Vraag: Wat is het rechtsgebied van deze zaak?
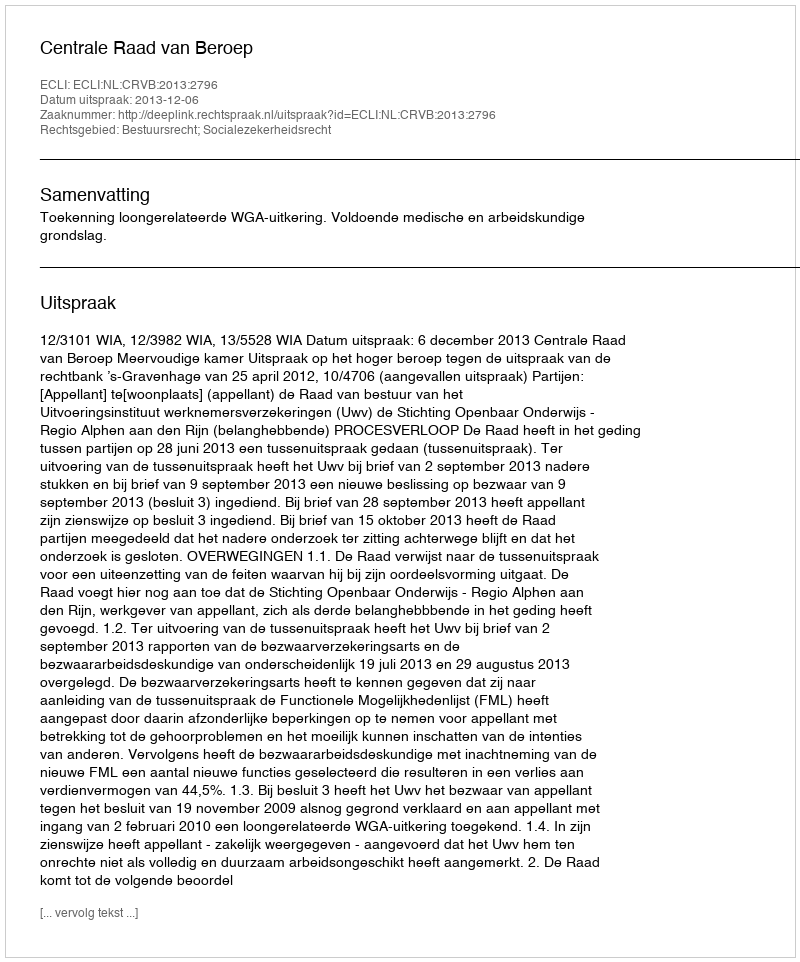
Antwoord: Bestuursrecht; Socialezekerheidsrecht